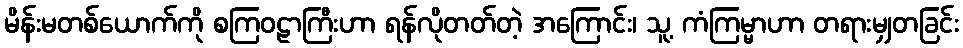
မိန်းမတစ်ယောက်ကို စကြဝဠာကြီးဟာ ရန်လိုတတ်တဲ့ အကြောင်း၊ သူ့ ကံကြမ္မာဟာ တရားမျှတခြင်း